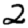
Digit: 2